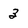
Character: 3